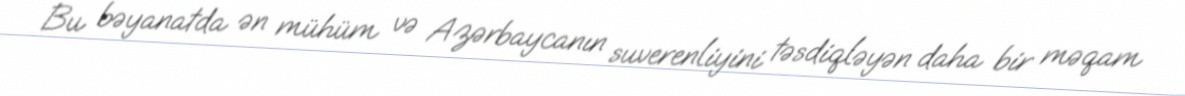
Bu bəyanatda ən mühüm və Azərbaycanın suverenliyini təsdiqləyən daha bir məqam